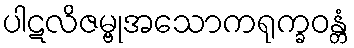
ပါဋလိဇမ္ဗုအသောကရုက္ခဝန္တံ